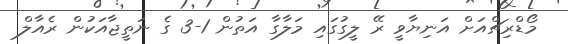
މޯޑްރިޗްއަށް އަނިޔާވީ ރޭ ލީގުގައި މަލާގާ އަތުން 1-3 ގެ ނަތީޖާއަކުން ރެއާލް